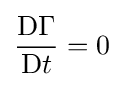
{\frac {\mathrm {D} \Gamma }{\mathrm {D} t}}=0